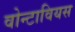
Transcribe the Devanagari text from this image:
वोन्टावियस